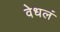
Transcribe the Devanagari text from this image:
वेधलं